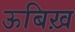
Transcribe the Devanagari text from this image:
ऊबिख़